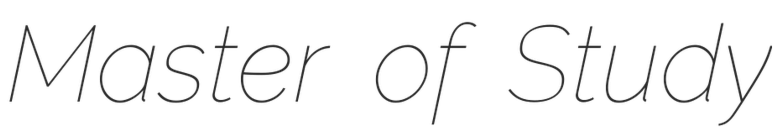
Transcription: Master of Study